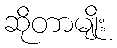
ဆိုတာမျိုး